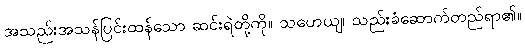
အသည်းအသန်ပြင်းထန်သော ဆင်းရဲတို့ကို။ သဟေယျ၊ သည်းခံဆောက်တည်ရာ၏။